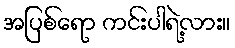
အပြစ်ရော ကင်းပါရဲ့လား။